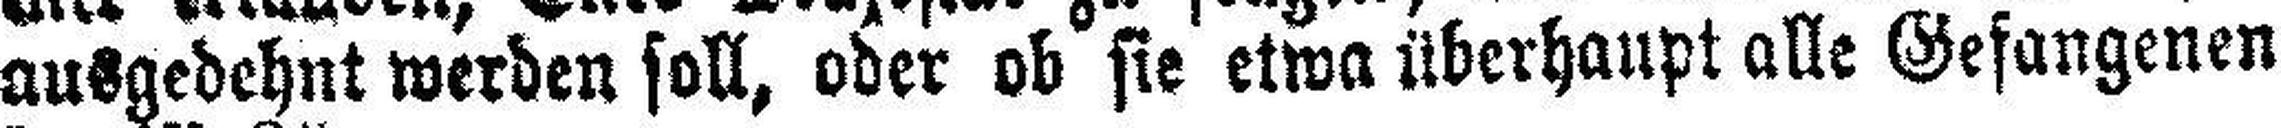
ausgedehnt werden soll, oder ob sie etwa überhaupt alle Gefangenen